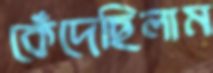
কেঁদেছিলাম